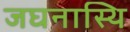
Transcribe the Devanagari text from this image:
जघनास्थि